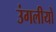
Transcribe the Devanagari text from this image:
उंगलीयों